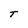
Character: T